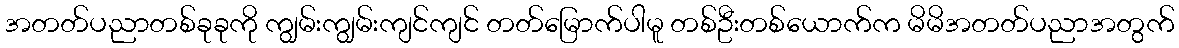
အတတ်ပညာတစ်ခုခုကို ကျွမ်းကျွမ်းကျင်ကျင် တတ်မြောက်ပါမူ တစ်ဦးတစ်ယောက်က မိမိအတတ်ပညာအတွက်